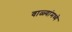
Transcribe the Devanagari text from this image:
वाळ्यांमध्ये